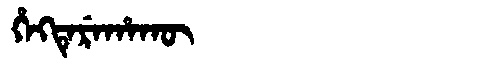
Manchu: ᡥᡝᡴᡨᡝᡵᡝᡥᠠᡴᡡ
Romanization: HEKTEREHAKŪ